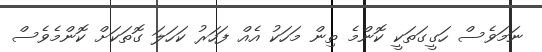
ނަމަވެސް ހަގީގަތަކީ ކޮންމެ ތިން މަހަކު އެއް ފަހަރު ކަހަލަ ގޮތަކަށް ކޮންމެވެސް